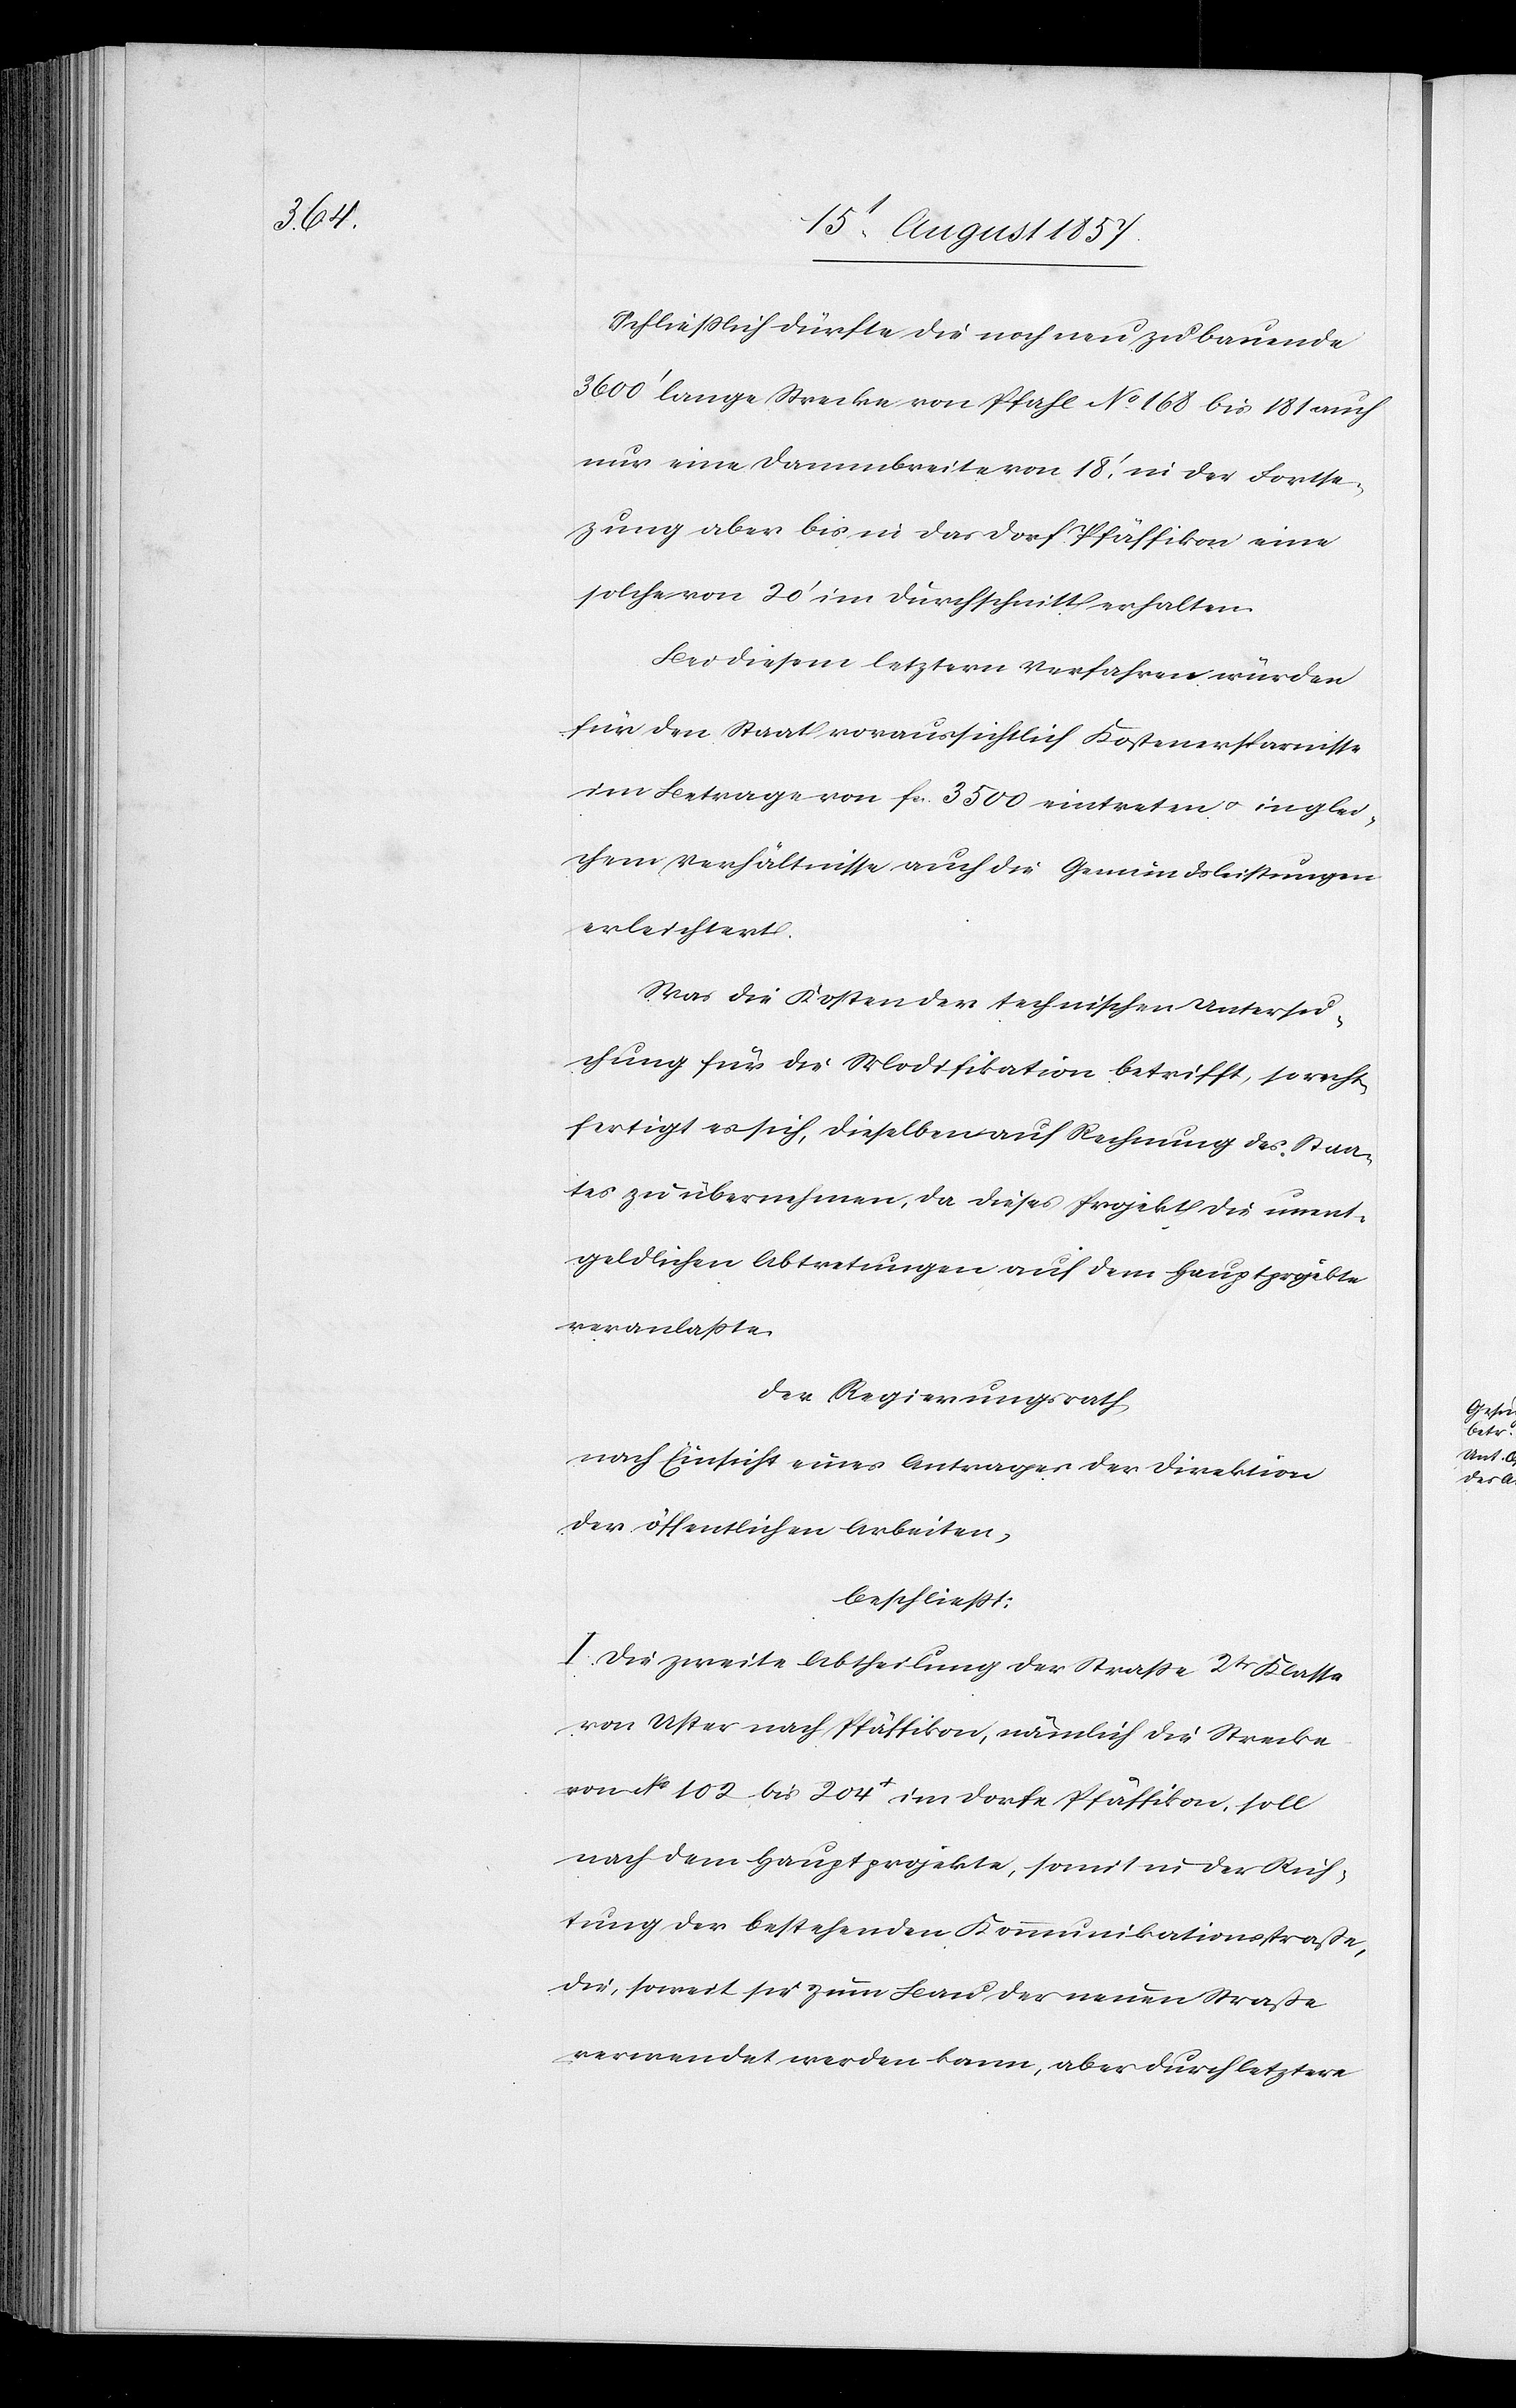
Schließlich dürfte die noch neu zu erbauende
3600’ lange Strecke von Pfahl No 168 bis 181 auch
nur eine Dammbreite von 18’, in der Fortse¬
tzung aber bis in das Dorf Pfäffikon eine
solche von 20’ im Durchschnitt erhalten.
Bei diesem letztern Verfahren würden
für den Staat voraussichtlich Kostenersparnisse
im Betrage von fcs. 3500 eintreten & in glei¬
chem Verhältnisse auch die Gemeindsleistungen
erleichtert.
Was die Kosten der technischen Untersu¬
chung für die Modifikation betrifft, so recht¬
fertigt es sich, dieselben auf Rechnung des Staa¬
tes zu übernehmen, da dieses Projekt die unent¬
geldlichen Abtretungen auf die Hauptprojekte
veranlaßte.
Der Regierungsrath,
nach Einsicht eines Antrages der Direktion
der öffentlichen Arbeiten,
beschließt:
I. Die zweite Abtheilung der Straße 2tr Klasse
von Uster nach Pfäffikon, nämlich die Strecke
von No 102 bis 204+ im Dorfe Pfäffikon, soll
nach dem Hauptprojekte, somit in der Rich¬
tung der bestehenden Kommunikationsstraße,
die, soweit sie zum Bau der neuen Straße
verwendet werden kann, aber durch letztere